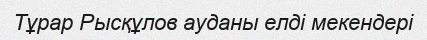
Тұрар Рысқұлов ауданы елді мекендері